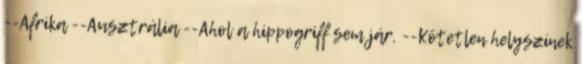
--Afrika --Ausztrália --Ahol a hippogriff sem jár. --Kötetlen helyszínek